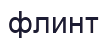
флинт